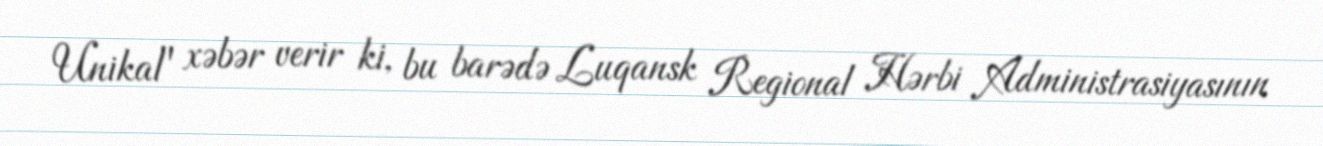
Unikal" xəbər verir ki, bu barədə Luqansk Regional Hərbi Administrasiyasının